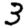
Digit: 3